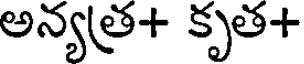
అన్యత్ర+ కృత+